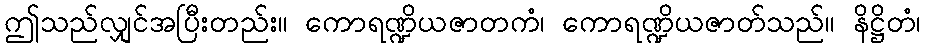
ဤသည်လျှင်အပြီးတည်း။ ကောရဏ္ဍိယဇာတကံ၊ ကောရဏ္ဍိယဇာတ်သည်။ နိဋ္ဌိတံ၊